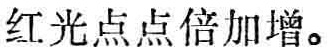
红光点点倍加增。